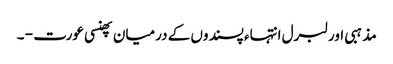
مذہبی اور لبرل انتہاء پسندوں کے درمیان پھنسی عورت - ۔